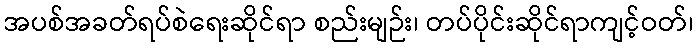
အပစ်အခတ်ရပ်စဲရေးဆိုင်ရာ စည်းမျဉ်း၊ တပ်ပိုင်းဆိုင်ရာကျင့်ဝတ်၊